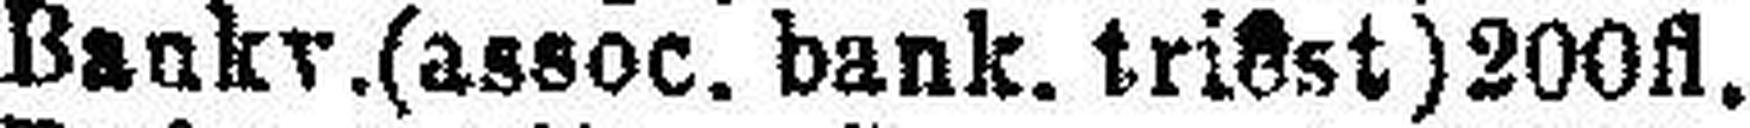
„ Bankv.(assoc. bank. triest)200fl.